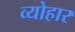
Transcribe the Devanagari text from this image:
व्योहार